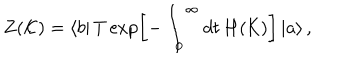
LaTeX: Z ( \mathcal { K } ) = \left\langle b \right| T \exp \left[ - \int _ { 0 } ^ { \infty } d t \, H ( \mathcal { K } ) \right] \left| a \right\rangle ,